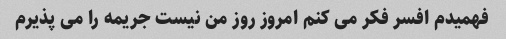
فهمیدم افسر فکر می کنم امروز روز من نیست جریمه را می پذیرم